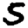
Digit: 5